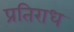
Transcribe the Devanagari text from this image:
प्रतिराध